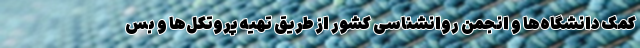
کمک دانشگاه‌ها و انجمن روانشناسی کشور از طریق تهیه پروتکل‌ها و بس